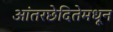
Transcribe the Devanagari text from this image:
आंतरछेदितेमधून